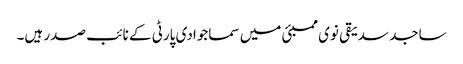
ساجد سدیقی نوی ممبئی میں سماجوادی پارٹی کے نائب صدر ہیں۔